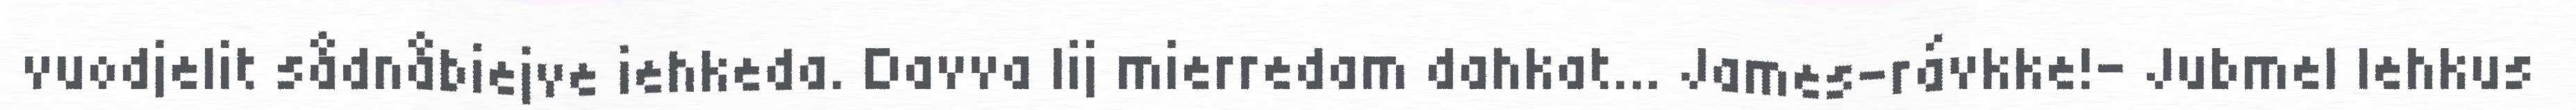
vuodjelit sådnåbiejve iehkeda. Davva lij mierredam dahkat... James-rávkke!– Jubmel lehkus